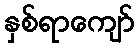
နှစ်ရာကျော်